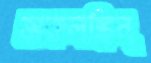
অকলঙ্কিন্